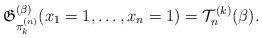
LaTeX: \begin{gather*} \mathfrak{G}_{\pi_{k}^{(n)}}^{(\beta)}(x_1=1,\ldots,x_n=1)= {\cal{T}}_{n}^{(k)}(\beta).\end{gather*}